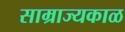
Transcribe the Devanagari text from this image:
साम्राज्यकाळ